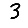
Digit: 3